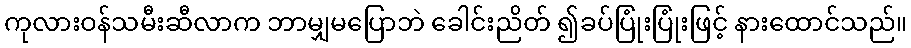
ကုလားဝန်သမီးဆီလာက ဘာမျှမပြောဘဲ ခေါင်းညိတ် ၍ခပ်ပြုံးပြုံးဖြင့် နားထောင်သည်။